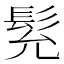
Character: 𩬌